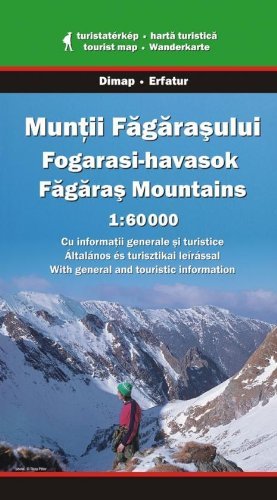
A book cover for Fagaras Mountains (Transylvania, Romania) 1:60,000 Hiking Map DIMAP; Dimap; Travel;